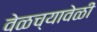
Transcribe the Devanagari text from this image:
वेळच्यावेळी